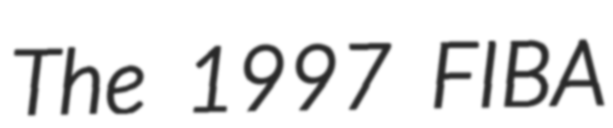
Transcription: The 1997 FIBA